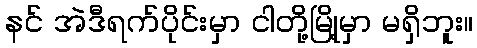
နင် အဲဒီရက်ပိုင်းမှာ ငါတို့မြို့မှာ မရှိဘူး။